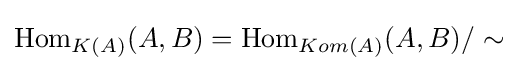
\operatorname {Hom} _{K(A)}(A,B)=\operatorname {Hom} _{Kom(A)}(A,B)/\sim